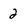
Character: 2